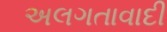
અલગતાવાદી